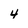
Character: 4